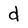
Character: d